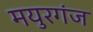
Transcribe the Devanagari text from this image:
मयुरगंज